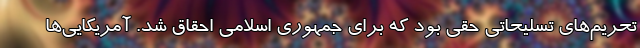
تحریم‌های تسلیحاتی حقی بود که برای جمهوری اسلامی احقاق شد. آمریکایی‌ها